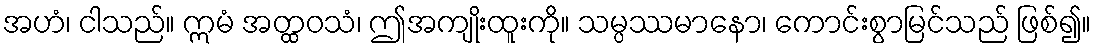
အဟံ၊ ငါသည်။ ဣမံ အတ္ထဝသံ၊ ဤအကျိုးထူးကို။ သမ္ပဿမာနော၊ ကောင်းစွာမြင်သည် ဖြစ်၍။